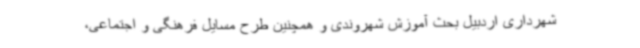
شهرداری اردبیل بحث آموزش شهروندی و همچنین طرح مسایل فرهنگی و اجتماعی،